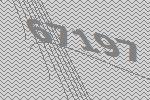
67197